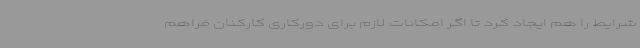
شرایط را هم ایجاد کرد تا اگر امکانات لازم برای دورکاری کارکنان فراهم